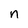
Character: n